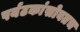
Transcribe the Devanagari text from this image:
पर्यटकांसोबतच